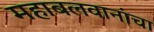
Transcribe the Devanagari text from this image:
महाबलवानांचा